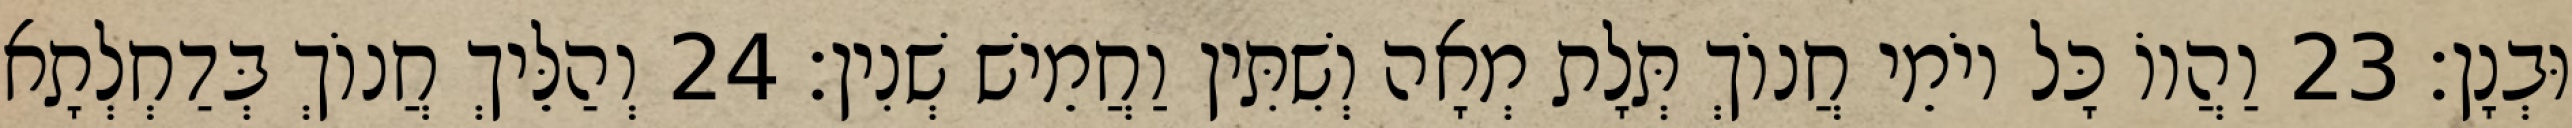
וּבְנָן׃ 23 וַהֲווֹ כָּל יוֹמֵי חֲנוֹךְ תְּלָת מְאָה וְשִׁתִּין וַחֲמֵישׁ שְׁנִין׃ 24 וְהַלֵּיךְ חֲנוֹךְ בְּדַחְלְתָא